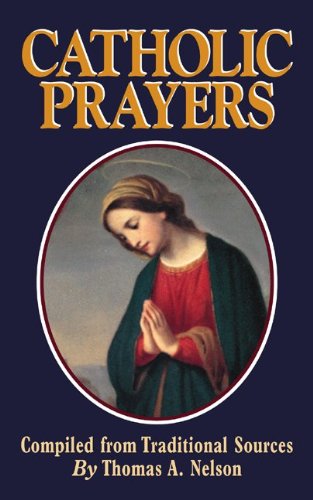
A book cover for Catholic Prayers: Compiled from Traditional Sources; Thomas A. Nelson; Christian Books & Bibles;